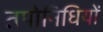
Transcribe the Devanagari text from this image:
तपोनिधियों